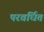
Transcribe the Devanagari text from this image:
परवर्धित